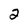
Character: 2